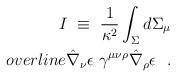
LaTeX: \begin{align*}I~\equiv~\frac{1}{\kappa^{2}}\int_\Sigma d\Sigma_\mu\\overline{\hat{\nabla}_{\nu}\epsilon}\ \gamma^{\mu\nu\rho}\hat{\nabla}_{\rho}\epsilon\ \ .\end{align*}